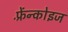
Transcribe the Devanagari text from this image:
फ़्रेंन्कोइज